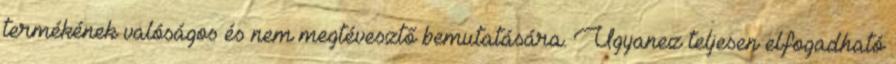
termékének valóságos és nem megtévesztő bemutatására. Ugyanez teljesen elfogadható